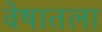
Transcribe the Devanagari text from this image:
वेषातला